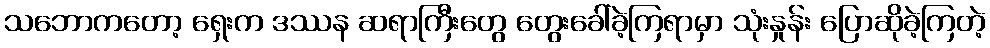
သဘောကတော့ ရှေးက ဒဿန ဆရာကြီးတွေ တွေးခေါ်ခဲ့ကြရာမှာ သုံးနှုန်း ပြောဆိုခဲ့ကြတဲ့